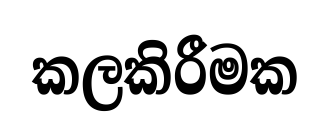
කලකිරීමක